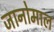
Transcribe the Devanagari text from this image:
जानोमाल